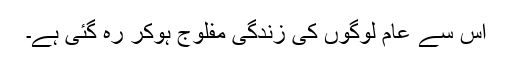
اس سے عام لوگوں کی زندگی مفلوج ہوکر رہ گئی ہے۔